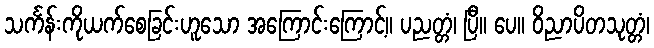
သင်္ကန်းကိုယက်စေခြင်းဟူသော အကြောင်းကြောင့်။ ပညတ္တံ၊ ပြီ။ ပေ။ ဝိညာပိတသုတ္တံ၊